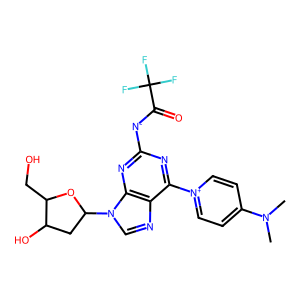
SMILES: CN(C)c1cc[n+](-c2nc([N-]C(=O)C(F)(F)F)nc3c2ncn3C2CC(O)C(CO)O2)cc1
Inhibits HIV replication: No